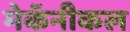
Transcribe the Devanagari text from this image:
मेकॅनीकल